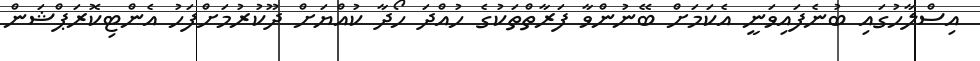
އިސްލާހުގައި ބުނެފައިވަނީ އެކަމަށް ބޭނުންވާ ފަރާތްތަކުގެ ހުއްދަ ހޯދާ ކުއްޔަށް ދޫކުރުމަށްފަހު އެންޓިކޮރަޕްޝަން